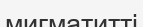
мигматитті